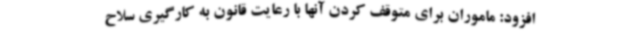
افزود: ماموران برای متوقف کردن آنها با رعایت قانون به کارگیری سلاح